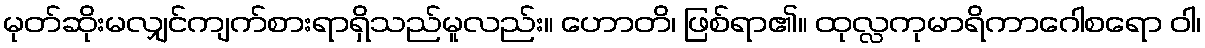
မုတ်ဆိုးမလျှင်ကျက်စားရာရှိသည်မူလည်း။ ဟောတိ၊ ဖြစ်ရာ၏။ ထုလ္လကုမာရိကာဂေါစရော ဝါ၊